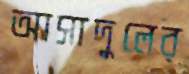
আসাদুলের